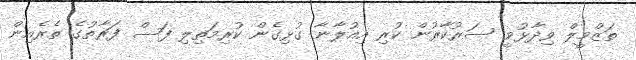
ތަޒްމީލް ވިދާޅުވީ ސަރުކާރުން ކުރި އިއުލާނާ ގުޅިގެން ކުރިމަތިލި ފަސް ފަރާތުގެ ތެރެއިން